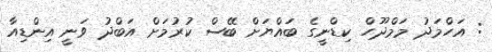
: އަހްމަދު މަމްދޫހް ކިޑްނީގެ ބައްޔަށް ބޭސް ކުރުމަށް އަބްދު ވަނީ އިންޑިއާ